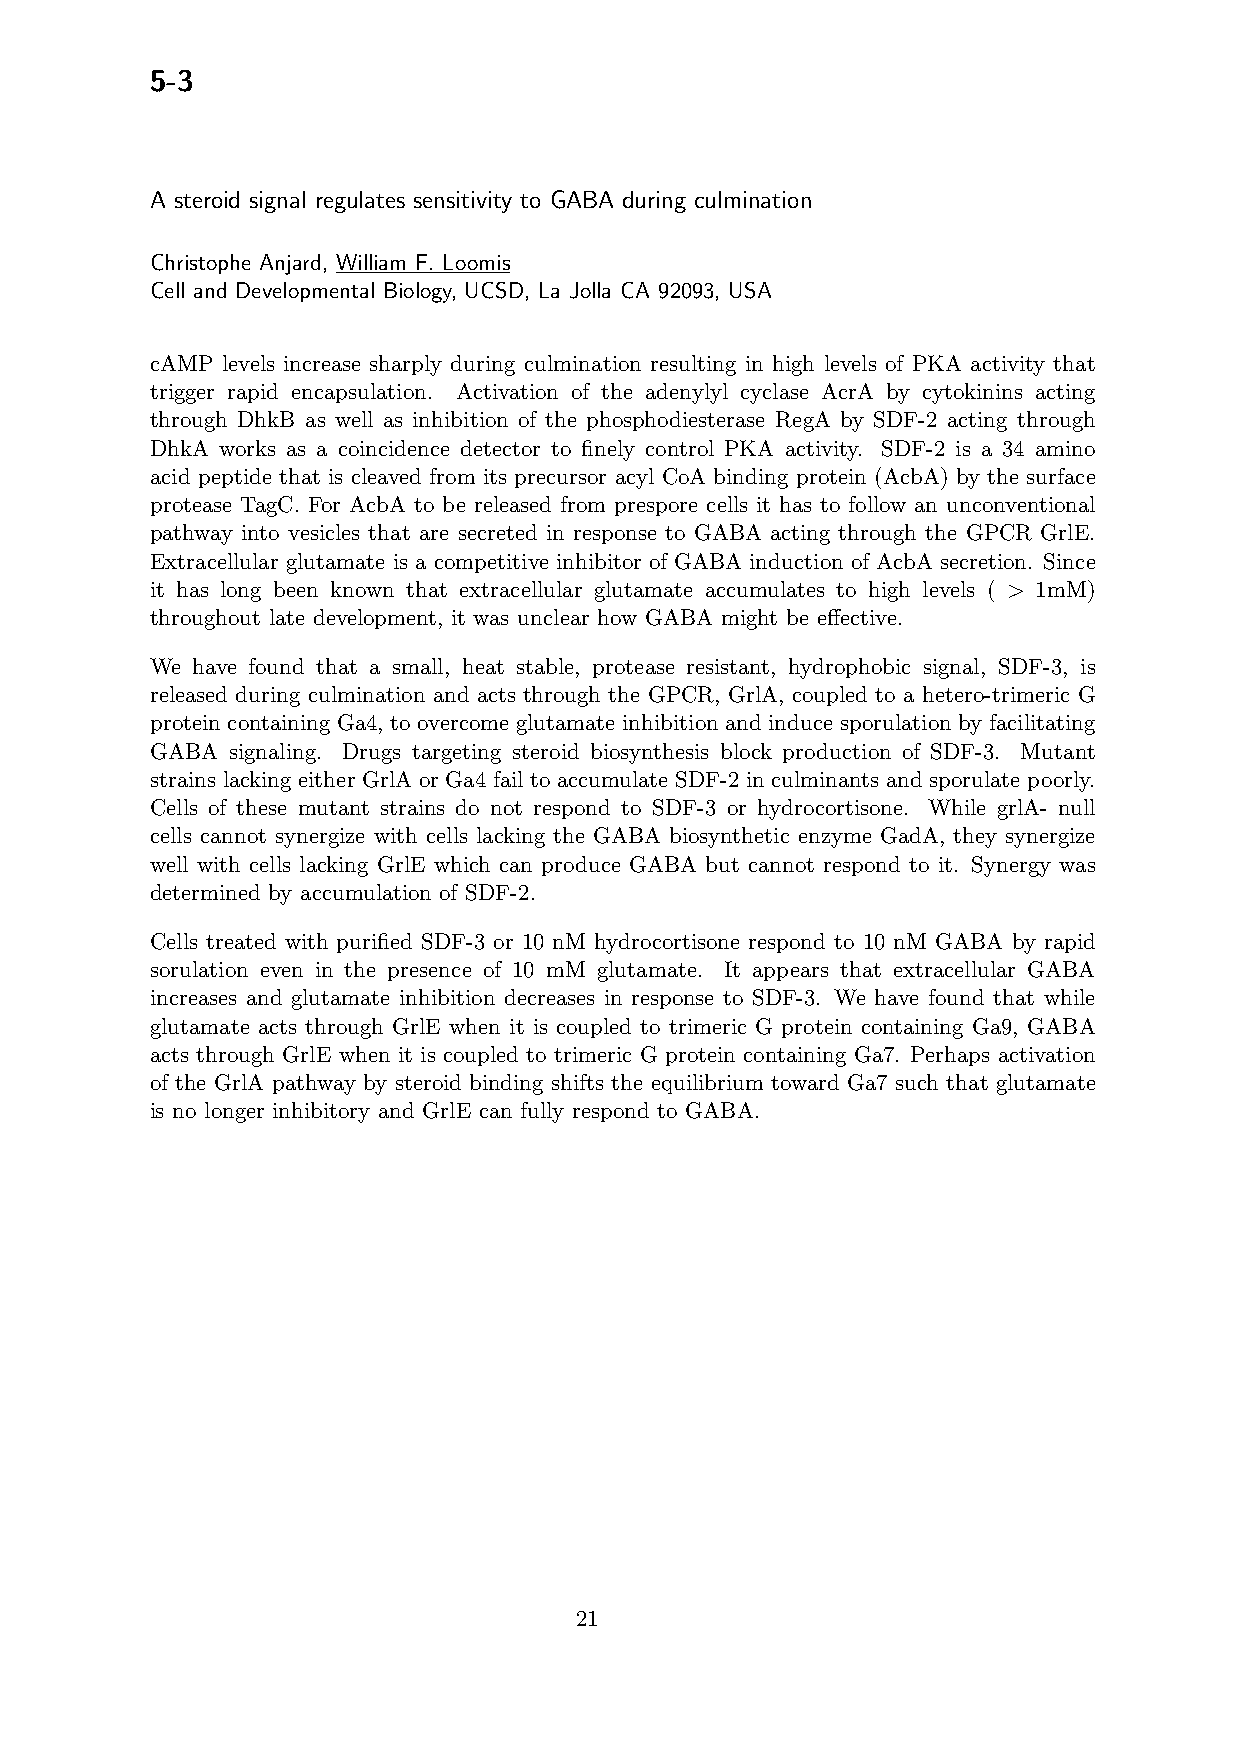
5-3
 A steroid signal regulates sensitivity to GABA during culmination
 Christophe Anjard, William F. Loomis
 Cell and Developmental Biology, UCSD, La Jolla CA 92093, USA
 cAMP levels increase sharply during culmination resulting in high levels of PKA activity that
 trigger rapid encapsulation. Activation of the adenylyl cyclase AcrA by cytokinins acting
 through DhkB as well as inhibition of the phosphodiesterase RegA by SDF-2 acting through
 DhkA works as a coincidence detector to finely control PKA activity. SDF-2 is a 34 amino
 acid peptide that is cleaved from its precursor acyl CoA binding protein (AcbA) by the surface
 protease TagC. For AcbA to be released from prespore cells it has to follow an unconventional
 pathway into vesicles that are secreted in response to GABA acting through the GPCR GrlE.
 Extracellular glutamate is a competitive inhibitor of GABA induction of AcbA secretion. Since
 it has long been known that extracellular glutamate accumulates to high levels ( > 1mM)
 throughout late development, it was unclear how GABA might be effective.
 We have found that a small, heat stable, protease resistant, hydrophobic signal, SDF-3, is
 released during culmination and acts through the GPCR, GrlA, coupled to a hetero-trimeric G
 protein containing Ga4, to overcome glutamate inhibition and induce sporulation by facilitating
 GABA signaling. Drugs targeting steroid biosynthesis block production of SDF-3. Mutant
 strains lacking either GrlA or Ga4 fail to accumulate SDF-2 in culminants and sporulate poorly.
 Cells of these mutant strains do not respond to SDF-3 or hydrocortisone. While grlA- null
 cells cannot synergize with cells lacking the GABA biosynthetic enzyme GadA, they synergize
 well with cells lacking GrlE which can produce GABA but cannot respond to it. Synergy was
 determined by accumulation of SDF-2.
 Cells treated with purified SDF-3 or 10 nM hydrocortisone respond to 10 nM GABA by rapid
 sorulation even in the presence of 10 mM glutamate. It appears that extracellular GABA
 increases and glutamate inhibition decreases in response to SDF-3. We have found that while
 glutamate acts through GrlE when it is coupled to trimeric G protein containing Ga9, GABA
 acts through GrlE when it is coupled to trimeric G protein containing Ga7. Perhaps activation
 of the GrlA pathway by steroid binding shifts the equilibrium toward Ga7 such that glutamate
 is no longer inhibitory and GrlE can fully respond to GABA.
 21